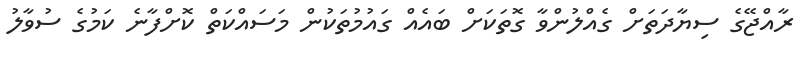
ރާއްޖޭގެ ސިޔާދަތަށް ގެއްލުންވާ ގޮތަކަށް ބައެއް ގައުމުތަކުން މަސައްކަތް ކޮށްފާނެ ކަމުގެ ސުވާލު